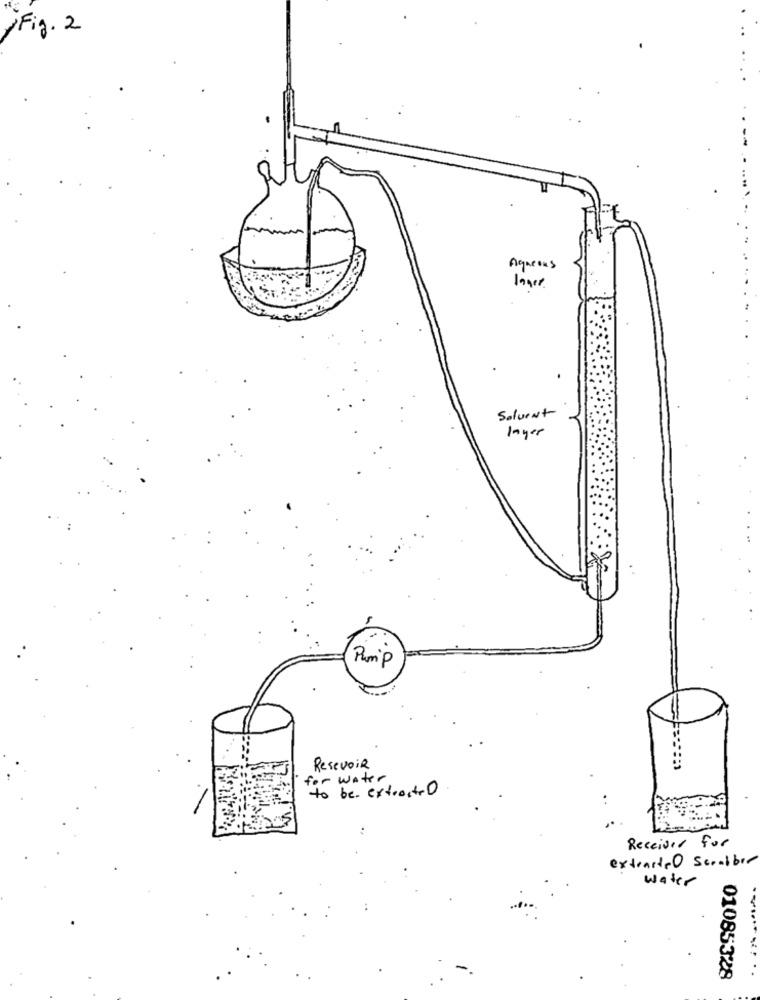
,Fig. 2
Aqueous
lager
Solvent
Inyer
Pump
Resevoir
for water
to be extracted
5
Received for
extraits O Scrubber
water
01085328